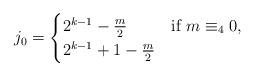
LaTeX: \begin{align*}j_0 =\begin{cases} 2^{k-1} - \frac{m}{2} & \text{if $m \equiv_4 0$,} \\ 2^{k-1}+1 - \frac{m}{2} & \end{cases}\end{align*}